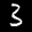
Label: 3